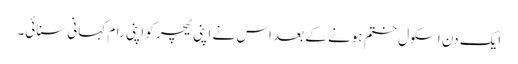
ایک دن اسکول ختم ہونے کے بعد اس نے اپنی ٹیچر کو اپنی رام کہانی سنائی۔